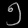
Digit: ၅